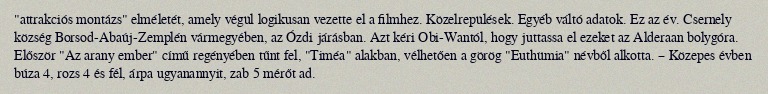
"attrakciós montázs" elméletét, amely végül logikusan vezette el a filmhez. Közelrepülések. Egyéb váltó adatok. Ez az év. Csernely község Borsod-Abaúj-Zemplén vármegyében, az Ózdi járásban. Azt kéri Obi-Wantól, hogy juttassa el ezeket az Alderaan bolygóra. Először "Az arany ember" című regényében tűnt fel, "Timéa" alakban, vélhetően a görög "Euthümia" névből alkotta. – Közepes évben búza 4, rozs 4 és fél, árpa ugyanannyit, zab 5 mérőt ad.